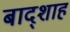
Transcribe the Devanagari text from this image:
बाद्शाह